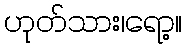
ဟုတ်သား၊ရော့။